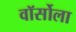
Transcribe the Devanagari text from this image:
वॉर्सोला